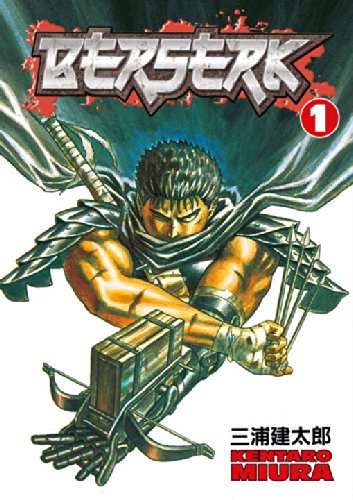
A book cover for Berserk, Vol. 1; Kentaro Miura; Comics & Graphic Novels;